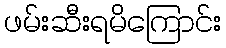
ဖမ်းဆီးရမိကြောင်း